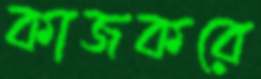
কাজকরে